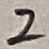
Text: 2